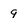
Character: 9